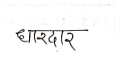
मजकूर: धारदार